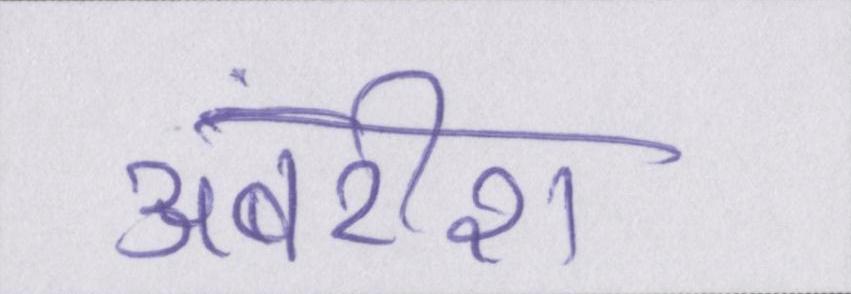
अंबरीश